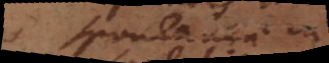
spontaneae in